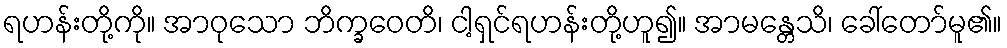
ရဟန်းတို့ကို။ အာဝုသော ဘိက္ခဝေတိ၊ ငါ့ရှင်ရဟန်းတို့ဟူ၍။ အာမန္တေသိ၊ ခေါ်တော်မူ၏။